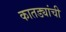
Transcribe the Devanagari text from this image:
कातड्यांची